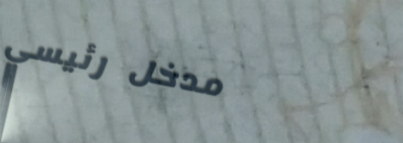
مدخل رئيسي